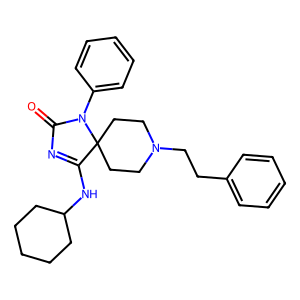
SMILES: O=C1N=C(NC2CCCCC2)C2(CCN(CCc3ccccc3)CC2)N1c1ccccc1
Inhibits HIV replication: No